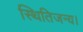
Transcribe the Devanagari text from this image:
स्थितिजन्य।